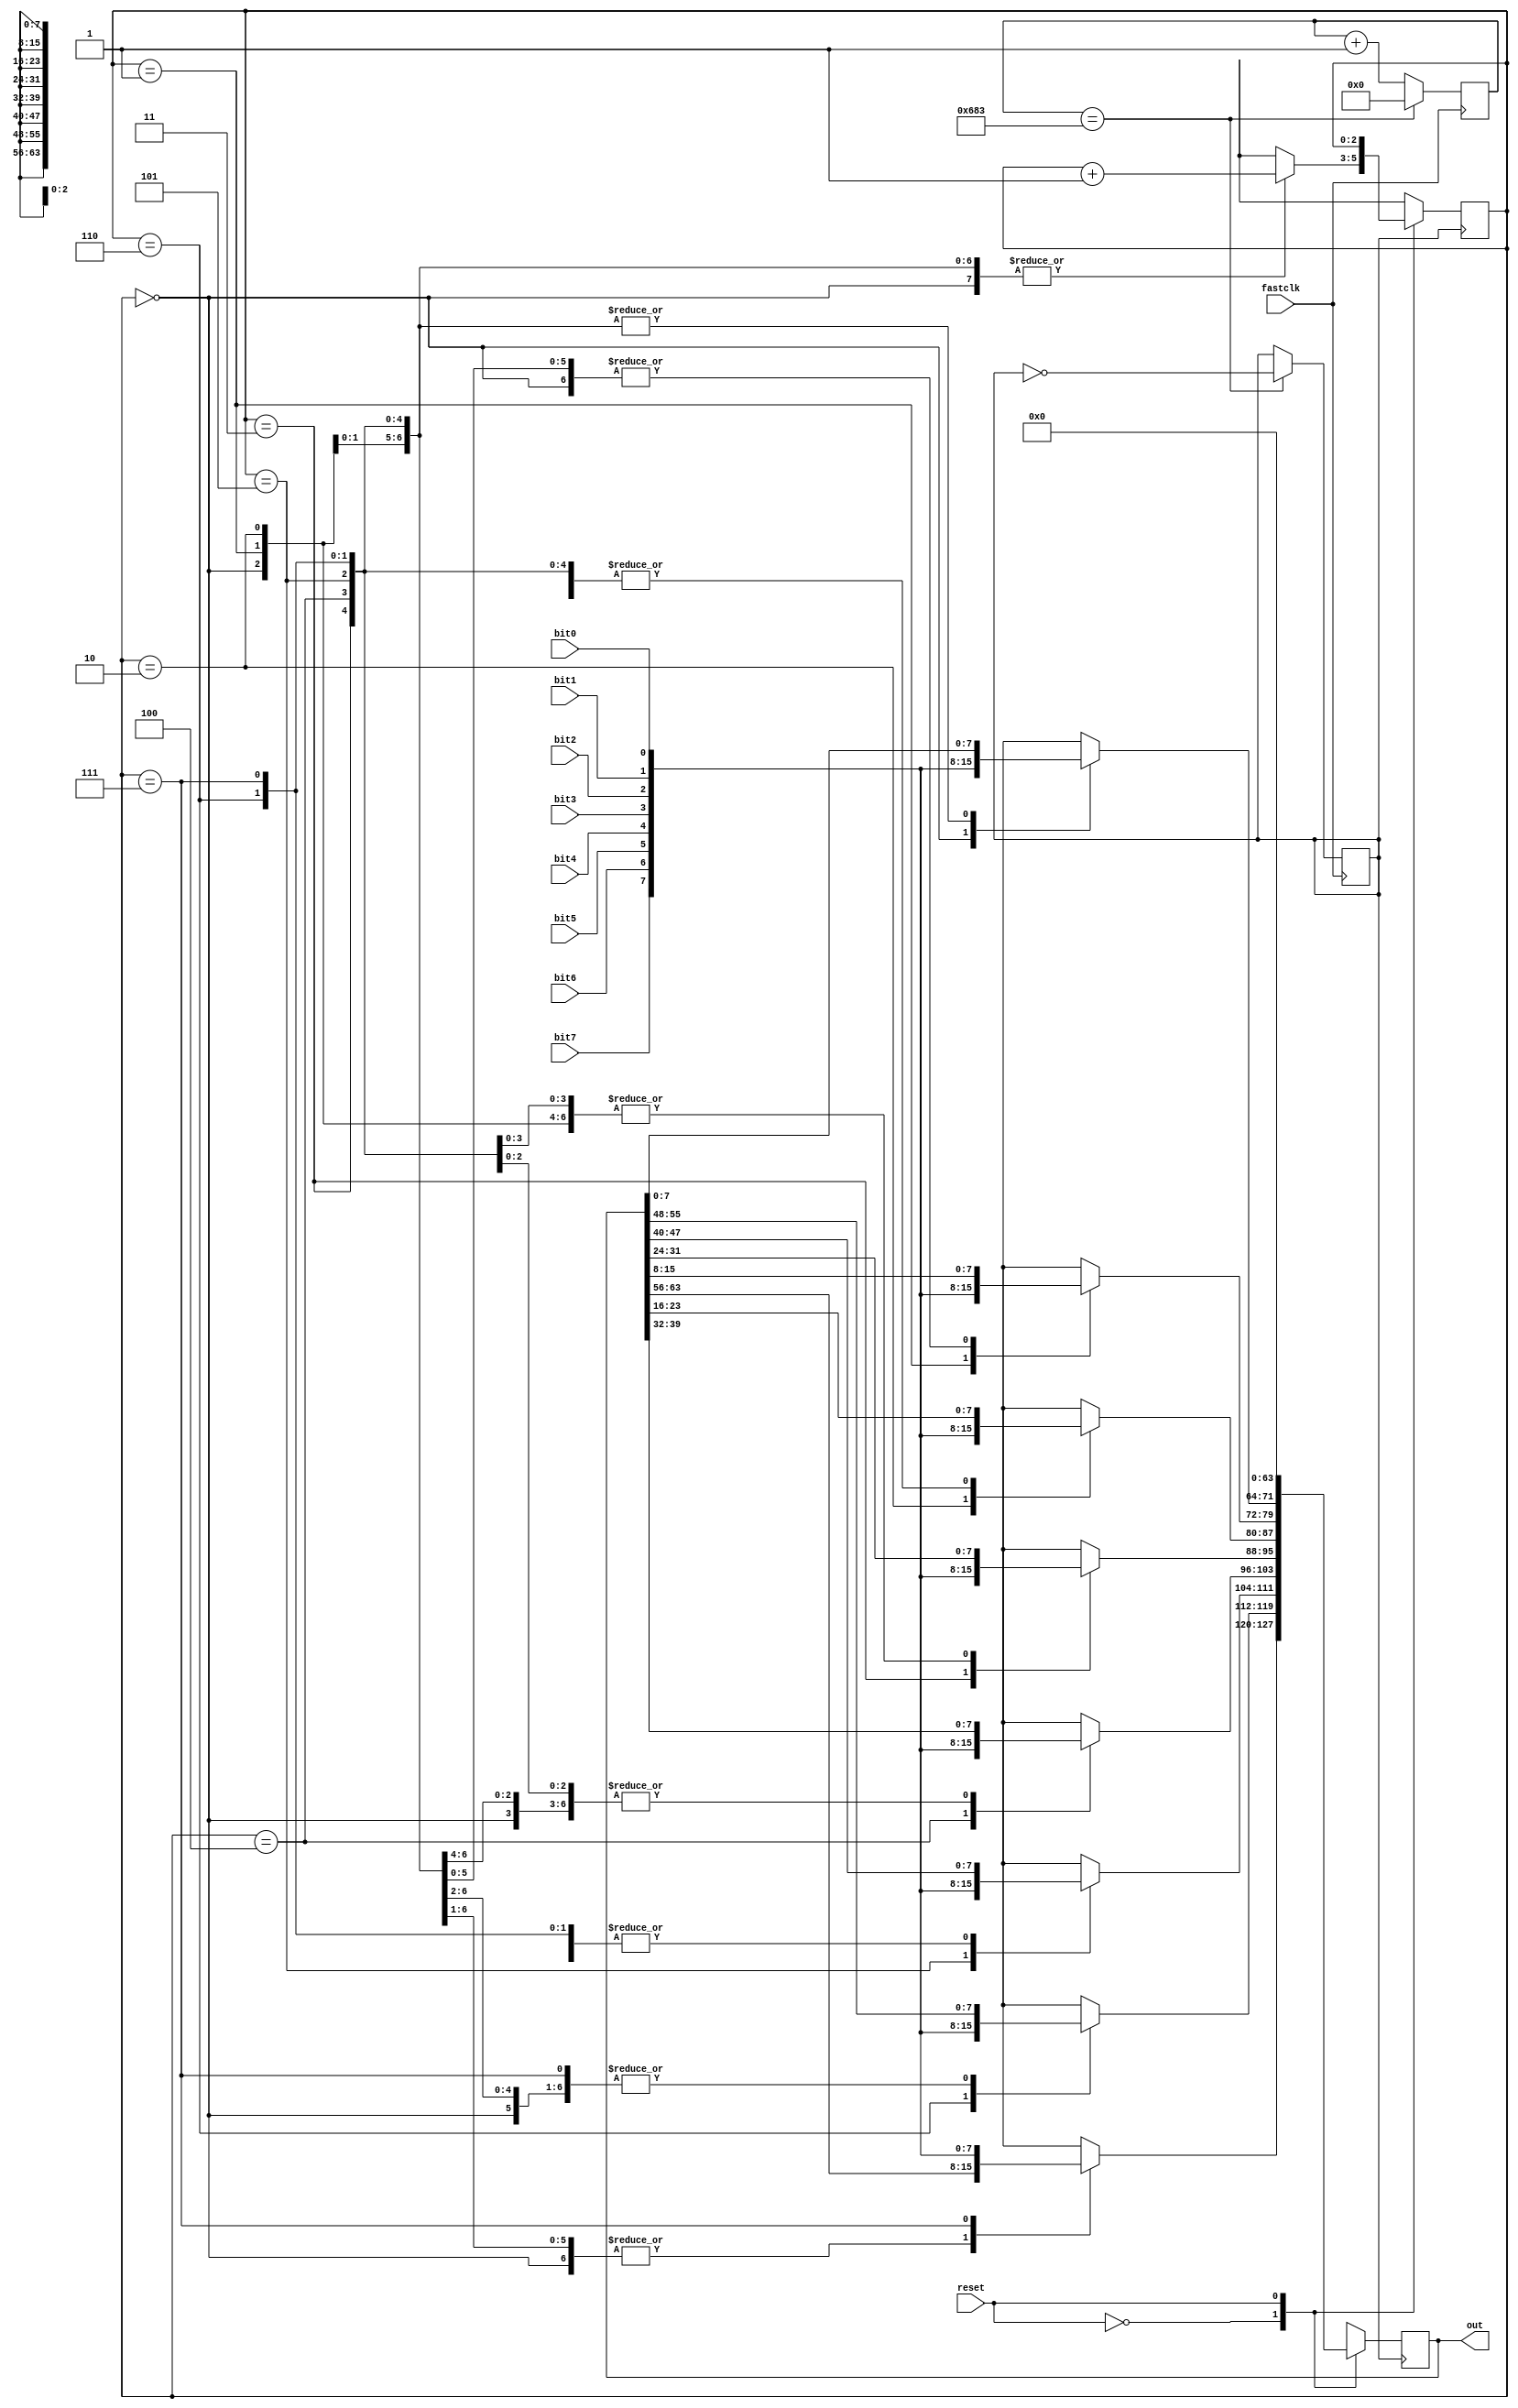
module sample_to_bus(fastclk, reset, bit0, bit1, bit2, bit3, bit4, bit5, bit6, bit7, out);

input fastclk; //FPGA 50 mHz clk
input reset; // reset
input bit0, bit1, bit2, bit3, bit4, bit5, bit6, bit7; // 1 bit inputs 
output reg [63:0] out; // 64-bit bus comprised of 8 samples



reg slow_clk; //slow clk bit
reg [7:0] samplebuf; // reg to store each sample
reg [2:0] count; // count to track num of samples entered
reg [10:0] counter; // clock divider counter
integer num = 1667; // change this to change slow clk freq

always @ (posedge fastclk) begin // clock divider module, setting slow clk to 10 kHz
counter <= counter + 1;
    case(counter)
    num: begin slow_clk <= ~slow_clk;
                counter <= 0;
    end
    endcase
end

		always @ (posedge slow_clk) begin // set each bit of sample to a byte 
			samplebuf[0] = bit0; 
			samplebuf[1] = bit1;
			samplebuf[2] = bit2;
			samplebuf[3] = bit3;
			samplebuf[4] = bit4;
			samplebuf[5] = bit5;
			samplebuf[6] = bit6;
			samplebuf[7] = bit7;

    case(reset)
	 
	 0: begin
			case (count) 
				3'b000: begin out[7:0] = samplebuf; count = count + 1; end // sample 1 
				3'b001: begin out[15:8] = samplebuf; count = count + 1; end // sample 2
				3'b010: begin out[23:16] = samplebuf; count = count + 1; end // sample 3
				3'b011: begin out[31:24] = samplebuf; count = count + 1; end // sample 4
				3'b100: begin out[39:32] = samplebuf; count = count + 1; end // sample 5
				3'b101: begin out[47:40] = samplebuf; count = count + 1; end // sample 6
				3'b110: begin out[55:48] = samplebuf; count = count + 1; end // sample 7
				3'b111: begin out[63:56] = samplebuf; count = count + 1; end // sample 8
				default: count = 0;
			endcase
			end
	 1: begin 
			out[63:0] = 0; end
	 endcase
	end

endmodule